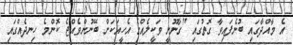
އެ މާއްދާގައި ބުނެފައިވާ ގޮތުގައި "ގާނޫނީ ވަކީލެއްގެ އެހީއަކަށް ބޭނުންވެއްޖެ ކޮންމެ ހިނދެއްގައި